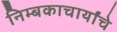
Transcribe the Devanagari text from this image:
निम्बकाचार्यांचे